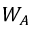
W _ { A }